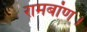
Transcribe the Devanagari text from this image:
रामबांण।